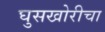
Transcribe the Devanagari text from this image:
घुसखोरीचा